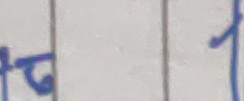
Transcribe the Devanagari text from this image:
६ । १